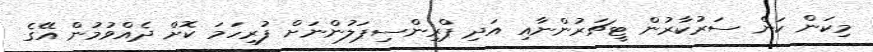
މިކަން ކަން ސަރުކާރުން ޓީޗަރުންނާއި އަދި ޕްރިންސިޕަލުންނަށް ފުރިހަމަ ކޮށް ދެއްވުމުން އޭގެ